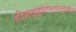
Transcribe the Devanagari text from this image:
डीहाइड्रोटेस्टोस्टेरोन